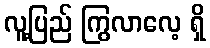
လူ့ပြည် ကြွလာလေ့ ရှိ